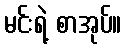
မင်းရဲ့ စာအုပ်။